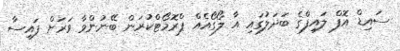
ސައިޑް އޮފް ލައިފްގެ ބަދަލުގައި އާ ލޯގޯއެއް ޕްރޮމޯޓްކުރަން ބޭނުންވާ ވަރަށް ފައިސާ